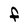
Character: F